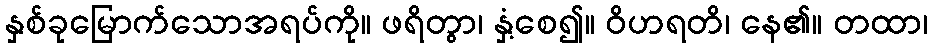
နှစ်ခုမြောက်သောအရပ်ကို။ ဖရိတွာ၊ နှံ့စေ၍။ ဝိဟရတိ၊ နေ၏။ တထာ၊